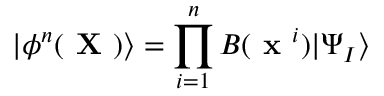
| \phi ^ { n } ( \textbf { X } ) \rangle = \prod _ { i = 1 } ^ { n } B ( \textbf { x } ^ { i } ) | \Psi _ { I } \rangle